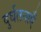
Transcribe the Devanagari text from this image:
दुर्घतनाएँ